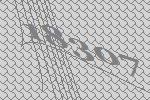
18307